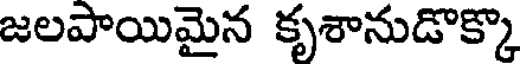
జలపాయిమైన కృశానుడొక్కొ